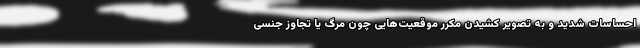
احساسات شدید و به تصویر کشیدن مکرر موقعیت‌هایی چون مرگ یا تجاوز جنسی